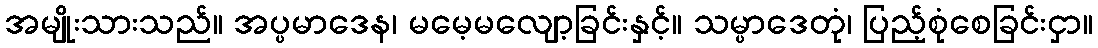
အမျိုးသားသည်။ အပ္ပမာဒေန၊ မမေ့မလျော့ခြင်းနှင့်။ သမ္ပာဒေတုံ၊ ပြည့်စုံစေခြင်းငှာ။